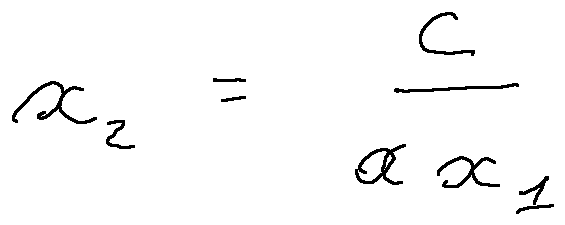
x _ { 2 } = \frac { c } { a x _ { 1 } }